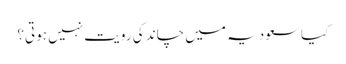
کیاسعودیہ میں چاند کی رویت نہیں ہوتی؟